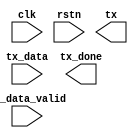
module tx#(
    parameter CHECK_MODE = 1,  //1--odd,0---even
    parameter BAUD_NUM = 50_000_000/115200  //baud rate,receive or transfer 1 bit data need 434 clk period
)(
    input                       clk             ,  //50MHz--20ns
    input                       rstn            ,

    input                       tx_data_valid   ,
    input  [7:0]                tx_data         ,
    
    output                      tx              ,  // serial data
    output                      tx_done            //to master finish and can accept next data
);

localparam IDLE  = 3'd0;
localparam START = 3'd1;
localparam DATA  = 3'd2;
localparam CHECK = 3'd3;
localparam STOP  = 3'd4;

reg [2:0] cur_state, nxt_state;

//------baud_cnt---------
reg [8:0] baud_cnt_r;
wire      baud_cnt_end;

always @(posedge clk or negedge rstn)begin
    if(!rstn)
        baud_cnt_r <= 'b0;
    else if(cur_state == IDLE)
        baud_cnt_r <= 'b0;
    else if(baud_cnt_end)
        baud_cnt_r <= 'b0;
    else 
        baud_cnt_r <= baud_cnt_r + 1;
end

assign baud_cnt_end = baud_cnt_r == BAUD_NUM - 1;
//--------------------------------------------


//------bit_cnt---------
reg [2:0] bit_cnt_r;

always @(posedge clk or negedge rstn)begin
    if(!rstn)
        bit_cnt_r <= 'b0;
    else if(cur_state == DATA)
            if(baud_cnt_end)
                bit_cnt_r <= bit_cnt_r + 3'd1;
    else 
        bit_cnt_r <= 'b0;  
end
//--------------------------------------


//------tx_data-----------
reg [7:0] tx_data_r;

always @(posedge clk or negedge rstn)begin
    if(!rstn)
        tx_data_r <= 'b0;
    else if(tx_data_valid)
        tx_data_r <= tx_data;
end
//--------------------------------


//------FSM-------------
always @(posedge clk or negedge rstn)begin
    if(!rstn)
        cur_state <= IDLE;
    else 
        cur_state <= nxt_state;
end

always @(*)begin
    case(cur_state)
        IDLE  : nxt_state = tx_data_valid ? START : IDLE;
        START : nxt_state = baud_cnt_end ? DATA : START;
        DATA  : nxt_state = (bit_cnt_r == 7 && baud_cnt_end) ? CHECK : DATA;
        CHECK : nxt_state = (baud_cnt_end) ? STOP : CHECK;
        STOP  : nxt_state = baud_cnt_end ? IDLE : STOP;
        default : nxt_state = IDLE;
    endcase
end
//------------------------------------------------------


//-------tx------------
reg tx_r; 
always @(posedge clk or negedge rstn)begin
    if(!rstn)
        tx_r <= 1'b1;
    else case(cur_state)
        IDLE  : tx_r <= 1'b1;
        START : tx_r <= 1'b0;
        DATA  : tx_r <= tx_data_r[bit_cnt_r];
        CHECK : tx_r <= ^{tx_data_r,CHECK_MODE};
        default tx_r <= 1'b1;
    endcase
end
//----------------------------------------


//-----tx_done--------------
reg tx_done_r;
always @(posedge clk or negedge rstn)begin
    if(!rstn)
        tx_done_r <= 1'b0;
    else if(cur_state == STOP && baud_cnt_end)
        tx_done_r <= 1'b1;
    else 
        tx_done_r <= 1'b0;
end
//----------------------------------------------------

endmodule